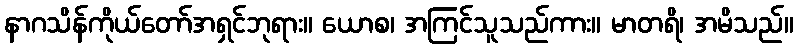
နာဂသိန်ကိုယ်တော်အရှင်ဘုရား။ ယောစ၊ အကြင်သူသည်ကား။ မာတရိ၊ အမိသည်။